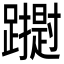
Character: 𮜢